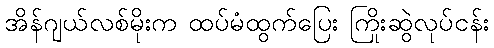
အိန်ဂျယ်လစ်မိုးက ထပ်မံထွက်ပြေး ကြိုးဆွဲလုပ်ငန်း